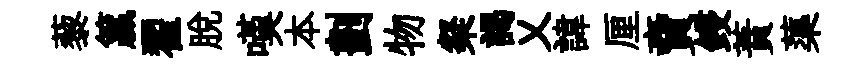
藜籯翟脱嘆本劃物粲謁乂諱厘𧶠鋟蕡蕖